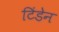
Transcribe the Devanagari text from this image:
टिंडेन